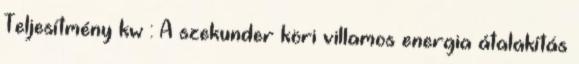
Teljesítmény kw : A szekunder köri villamos energia átalakítás